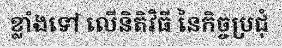
ខ្លាំងទៅ លើនិតិវិធី នៃកិច្ចប្រជុំ